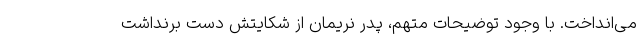
می‌انداخت. با وجود توضیحات متهم، پدر نریمان از شکایتش دست برنداشت